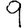
Digit: 9